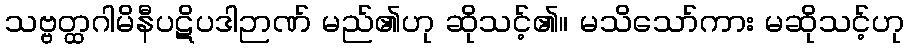
သဗ္ဗတ္ထဂါမိနီပဋိပဒါဉာဏ် မည်၏ဟု ဆိုသင့်၏။ မသိသော်ကား မဆိုသင့်ဟု